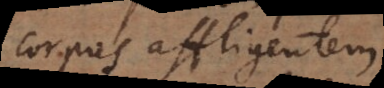
corpus affligentem,